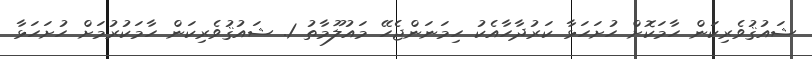
ޝައުޤުވެރިކަން ހާމަކޮށް ހުށަހަޅާ ކަރުދާހާއެކު ހިމަނަންޖެހޭ މައުލޫމާތު 1. ޝައުޤުވެރިކަން ހާމަކުރުމަށް ހުށަހަޅާ